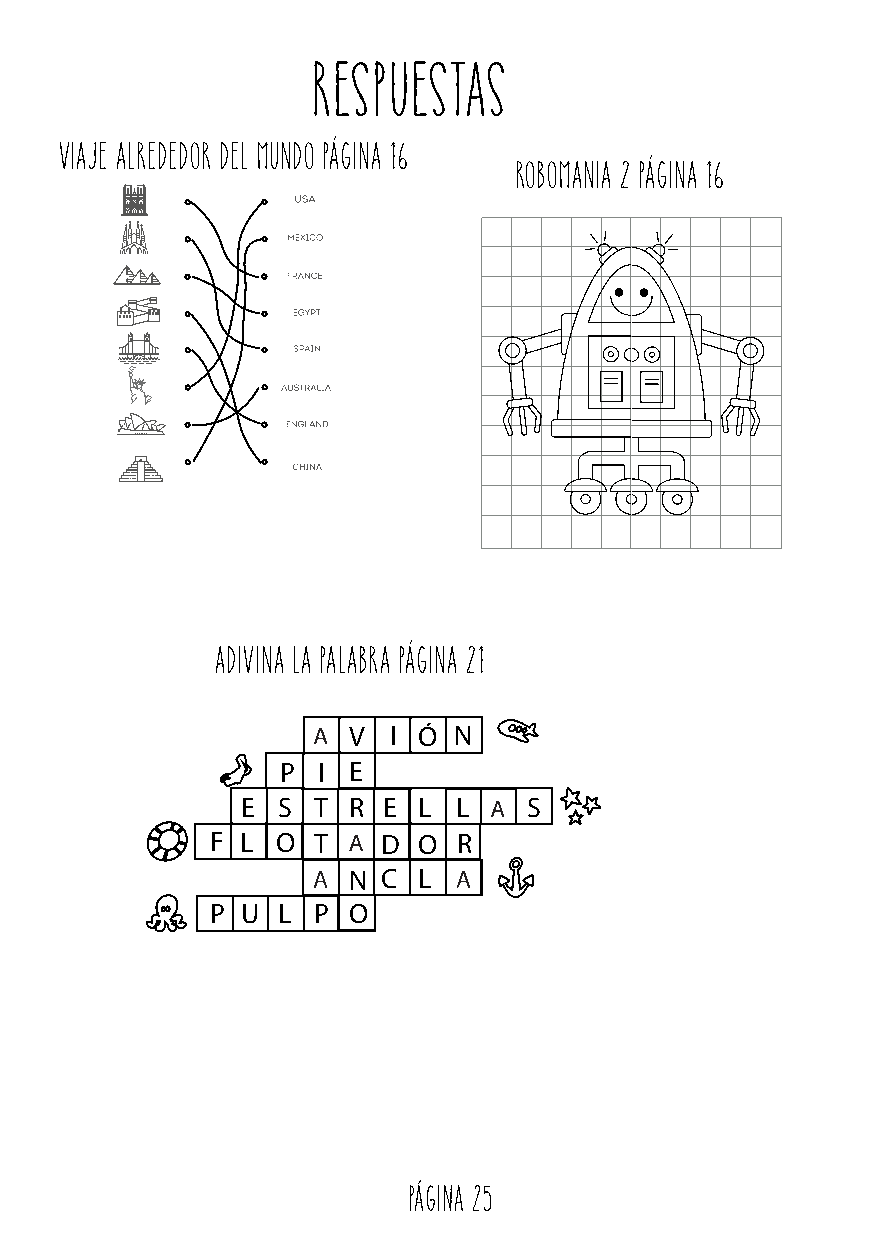
RESPUESTAS
 VIAJE ALREDEDOR DEL MUNDO PÁGINA 16
 ROBOMANIA 2 PÁGINA 16
 ADIVINA LA PALABRA PÁGINA 21
 V  I Ó N
 P I E
 E S  T R E  L L    S
 F L O  T   D  O R
 N C  L
 P U L  P O
 Página 25